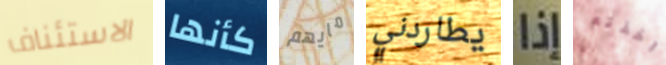
الاستئناف كأنها مايهم يطاردني إذا اخذته